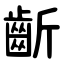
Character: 齗